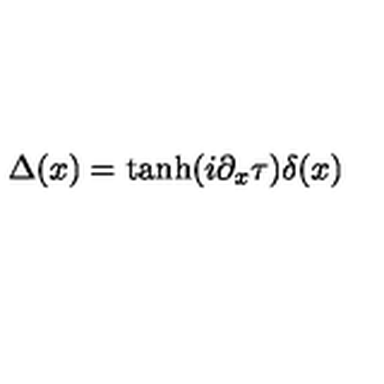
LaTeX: \Delta ( x ) = \tanh ( i \partial _ { x } \tau ) \delta ( x )